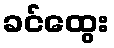
ခင်ထွေး